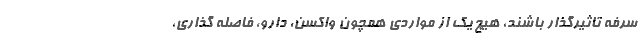
سرفه تاثیرگذار باشند، هیچ یک از مواردی همچون واکسن، دارو، فاصله گذاری،